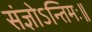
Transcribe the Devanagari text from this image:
संज्ञोऽन्तिमः॥